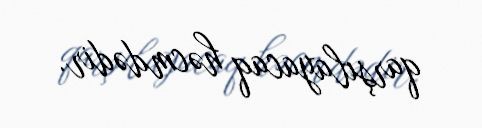
qarşılayacaq həcmdədir.